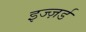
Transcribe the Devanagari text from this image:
इज्ज़र्ड